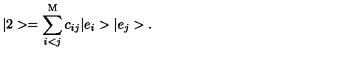
| 2 > = \sum _ { i < j } ^ { \mathrm { M } } c _ { i j } | e _ { i } > | e _ { j } > .